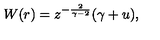
W ( r ) = z ^ { - { \frac { 2 } { \gamma - 2 } } } ( \gamma + u ) ,